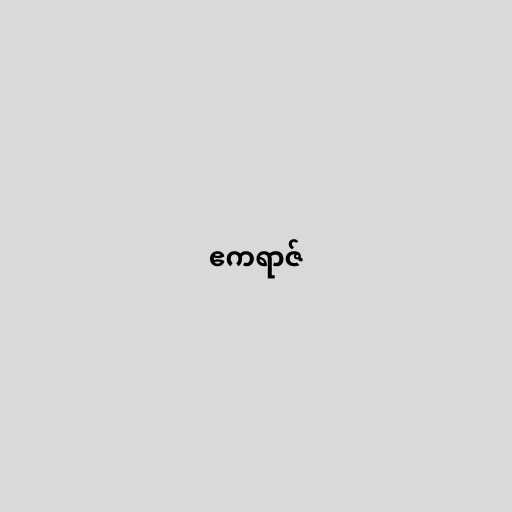
ဧကရာဇ်